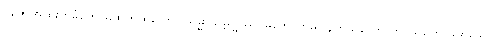
ပူဇော်အထူးကိုခံတော်မူထိုက်ထသော။ သမ္မာသမ္ဗုဒ္ဓဿ၊ မဘောက်မပြန်ကိုယ်တော် တိုင်သိတော်မူထသော။